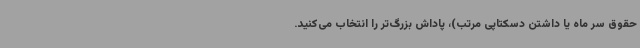
حقوق سر ماه یا داشتن دسکتاپی مرتب)، پاداش بزرگ‌تر را انتخاب می‌کنید.